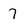
Character: 7